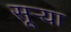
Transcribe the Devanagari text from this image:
सूऱ्या